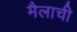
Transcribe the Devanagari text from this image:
मैलाची